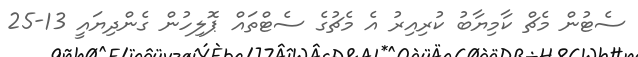
ސެޓުން މެޗް ކާމިޔާބު ކުރިއިރު އެ މެޗުގެ ސެޓްތައް ޕޮލިހުން ގެންދިޔައީ 13-25